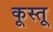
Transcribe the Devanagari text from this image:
कूस्तू